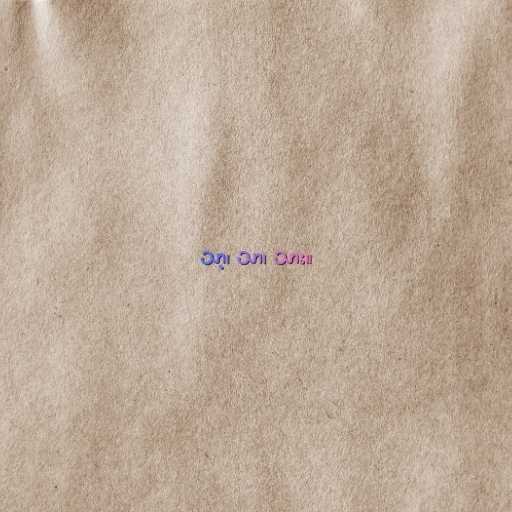
သာ့၊ သာ၊ သား။